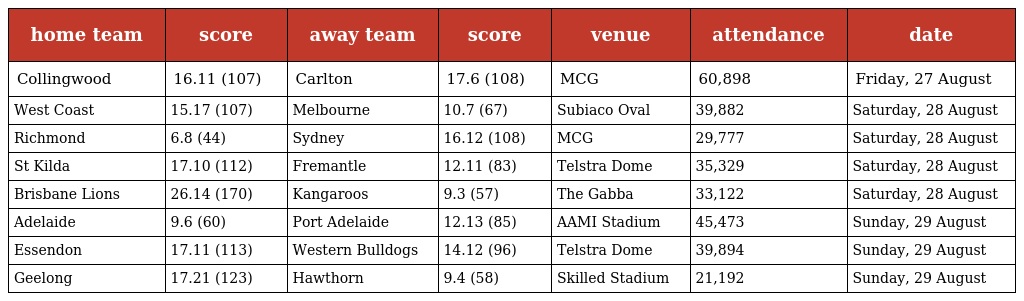
| home team | score | away team | score | venue | attendance | date |
 | --- | --- | --- | --- | --- | --- | --- |
 | Collingwood | 16.11 (107) | Carlton | 17.6 (108) | MCG | 60,898 | Friday, 27 August |
 | West Coast | 15.17 (107) | Melbourne | 10.7 (67) | Subiaco Oval | 39,882 | Saturday, 28 August |
 | Richmond | 6.8 (44) | Sydney | 16.12 (108) | MCG | 29,777 | Saturday, 28 August |
 | St Kilda | 17.10 (112) | Fremantle | 12.11 (83) | Telstra Dome | 35,329 | Saturday, 28 August |
 | Brisbane Lions | 26.14 (170) | Kangaroos | 9.3 (57) | The Gabba | 33,122 | Saturday, 28 August |
 | Adelaide | 9.6 (60) | Port Adelaide | 12.13 (85) | AAMI Stadium | 45,473 | Sunday, 29 August |
 | Essendon | 17.11 (113) | Western Bulldogs | 14.12 (96) | Telstra Dome | 39,894 | Sunday, 29 August |
 | Geelong | 17.21 (123) | Hawthorn | 9.4 (58) | Skilled Stadium | 21,192 | Sunday, 29 August |